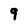
Character: 9